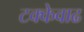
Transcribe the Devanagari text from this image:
टक्केवाढ